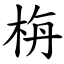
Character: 栴